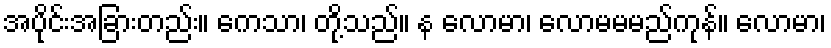
အပိုင်းအခြားတည်း။ ကေသာ၊ တို့သည်။ န လောမာ၊ လောမမမည်ကုန်။ လောမာ၊